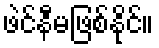
ဖဲင်နီမဖြစ်နိုင်။